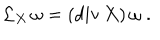
LaTeX: { \mathcal L } _ { X } \, \omega = ( \mathrm { d i v } \, X ) \, \omega \; .